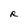
Character: R